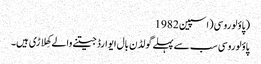
(پاؤلو روسی(اسپین 1982
پاؤلوروسی سب سے پہلے گولڈن بال ایوارڈ جیتنے والے کھِلاڑی ہیں۔